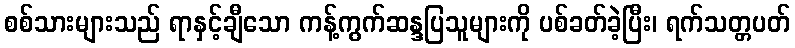
စစ်သားများသည် ရာနှင့်ချီသော ကန့်ကွက်ဆန္ဒပြသူများကို ပစ်ခတ်ခဲ့ပြီး၊ ရက်သတ္တပတ်